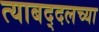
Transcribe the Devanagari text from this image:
त्याबद्दलच्या